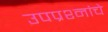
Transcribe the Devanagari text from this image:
उपप्रश्नांचे